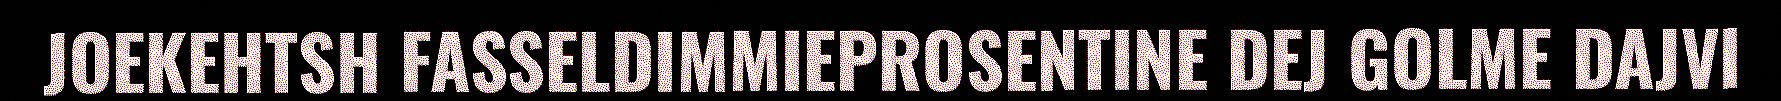
JOEKEHTSH FASSELDIMMIEPROSENTINE DEJ GOLME DAJVI